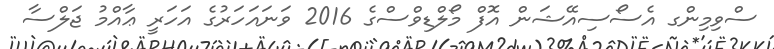
ސްވިމިންގ އެސޯސިއޭޝަން އޮފް މޯލްޑިވްސްގެ 2016 ވަނައަހަރުގެ އަހަރީ ޢާއްމު ޖަލްސާ